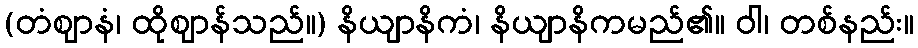
(တံဈာနံ၊ ထိုဈာန်သည်။) နိယျာနိကံ၊ နိယျာနိကမည်၏။ ဝါ၊ တစ်နည်း။